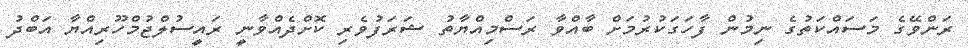
ރަންވޭގެ މަސައްކަތުގެ ނިމުން ފާހަގަކުރުމަށް ބާއްވާ ރަސްމިއްޔާތު ޝަރަފުވެރި ކޮށްދެއްވާނީ ރައީސުލްޖުމްހޫރިއްޔާ އަބްދު